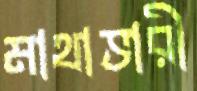
মাথাভারী